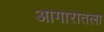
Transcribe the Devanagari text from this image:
आगारातला